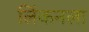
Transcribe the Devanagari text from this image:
लिंकनला